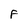
Character: F